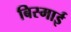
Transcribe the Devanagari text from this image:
बिस्माई